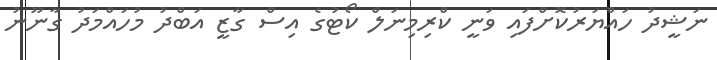
ނަޝީދު ހައްޔަރުކޮށްފައި ވަނީ ކްރިމިނަލް ކޯޓުގެ އިސް ގާޒީ އަބްދު މުހައްމަދު ގާނޫނު